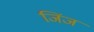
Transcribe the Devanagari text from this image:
जिंज